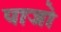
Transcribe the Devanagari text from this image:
पाजो